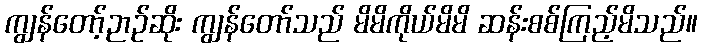
ကျွန်တော့်ဉာဉ်ဆိုး ကျွန်တော်သည် မိမိကိုယ်မိမိ ဆန်းစစ်ကြည့်မိသည်။